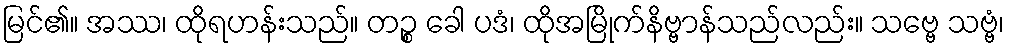
မြင်၏။ အဿ၊ ထိုရဟန်းသည်။ တဉ္စ ခေါ ပဒံ၊ ထိုအမြိုက်နိဗ္ဗာန်သည်လည်း။ သဗ္ဗေ သဗ္ဗံ၊